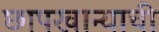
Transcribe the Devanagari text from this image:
छापखान्याची